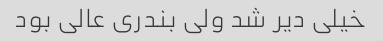
خیلی دیر شد ولی بندری عالی بود